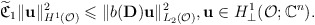
\begin{align*}\widetilde{\mathfrak C}_1 \Vert \mathbf{u}\Vert ^2_{H^1(\mathcal{O})}\leqslant \Vert b(\mathbf{D})\mathbf{u}\Vert ^2_{L_2(\mathcal{O})},\mathbf{u}\in H^1_\perp (\mathcal{O};\mathbb{C}^n).\end{align*}